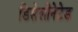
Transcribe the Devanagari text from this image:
डिसेलीनेटेड